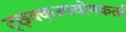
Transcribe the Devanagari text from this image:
ट्छ्क्क्उपयोगकर्ता